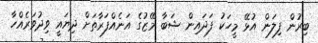
ބިރުން ފިލަން އުޅޭ މީހަކު ފަދައިން ޝަބާ މޭޒުގެ އަނެއްފަރާތަށް ދިޔައީ ވިދުވަރެއްހާ